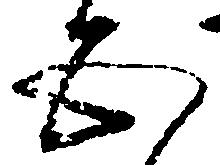
五